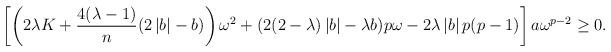
LaTeX: \begin{align*}\left[\left(2\lambda K+\frac{4(\lambda-1)}{n}(2\left\vert b \right\vert -b)\right)\omega^{2}+(2(2-\lambda)\left\vert b\right\vert-\lambda b)p\omega -2\lambda \left\vert b \right\vert p(p-1)\right]a\omega^{p-2} \geq 0.\end{align*}